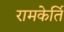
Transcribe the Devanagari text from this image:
रामकेर्ति